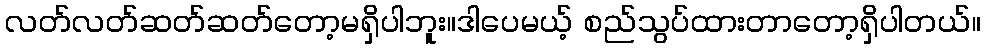
လတ်လတ်ဆတ်ဆတ်တော့မရှိပါဘူး။ဒါပေမယ့် စည်သွပ်ထားတာတော့ရှိပါတယ်။